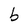
Character: b